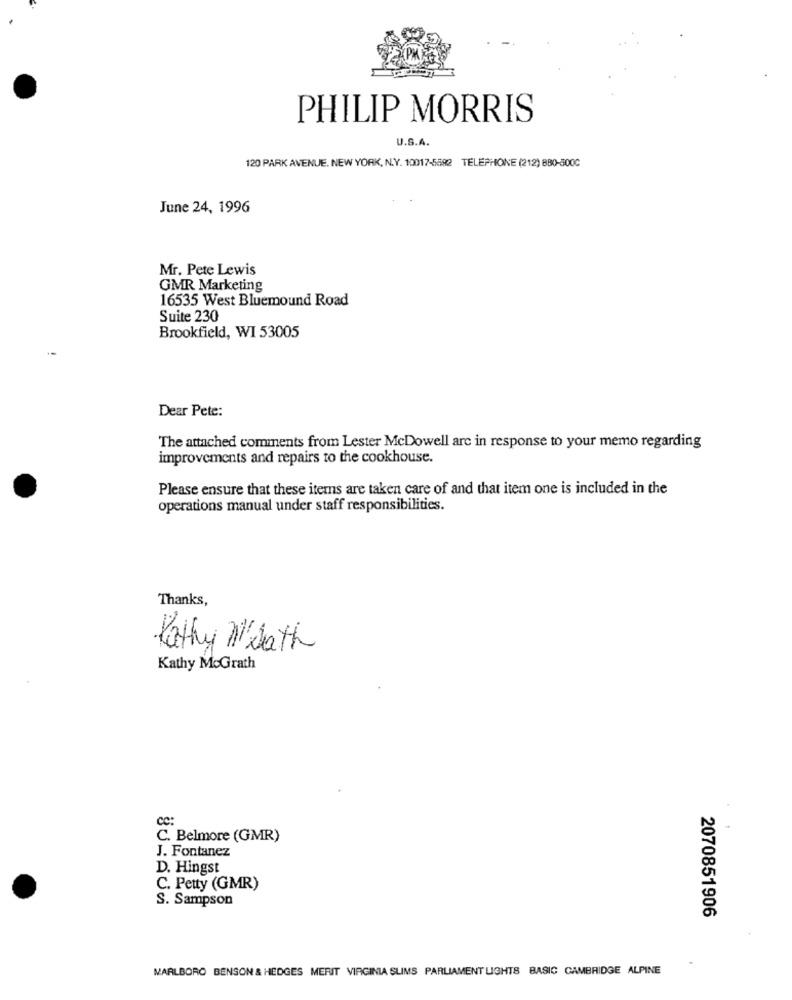
PHILIP MORRIS
U.S.A.
120 PARK AVENUE. NEW YORK, N.Y. 10017-5882 TELEPHONE (212) 880-5000
June 24, 1996
Mr. Pete Lewis
GMR Marketing
16535 West Bluemound Road
Suite 230
Brookfield, WI 53005
Dear Pete:
The attached comments from Lester McDowell are in response to your memo regarding
improvements and repairs to the cookhouse.
Please ensure that these items are taken care of and that item one is included in the
operations manual under staff responsibilities.
Thanks,
Kathy Weath
Kathy MoGrath
CC:
C. Belmore (GMR)
J. Fontanez
D. Hingst
C. Petty (GMR)
S. Sampson
2070851906
MARLBORO BENSON & HEDGES MERIT VIRGINIA SLIMS PARLIAMENT LIGHTS BASIC CAMBRIDGE ALPINE